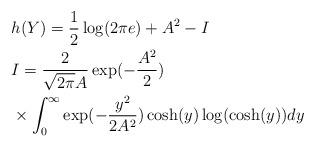
LaTeX: \begin{align*}&h(Y)=\frac{1}{2} \log (2 \pi e )+A^2-I \\&I= \frac{2}{\sqrt{2 \pi} A} \exp(-\frac{A^2}{2}) \\& \times \int_{0}^{\infty} \exp(-\frac{y^2}{2 A^2}) \cosh(y) \log(\cosh(y)) dy\end{align*}